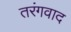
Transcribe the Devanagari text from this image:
तरंगवाद